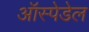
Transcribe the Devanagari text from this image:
ऑस्पेडेल